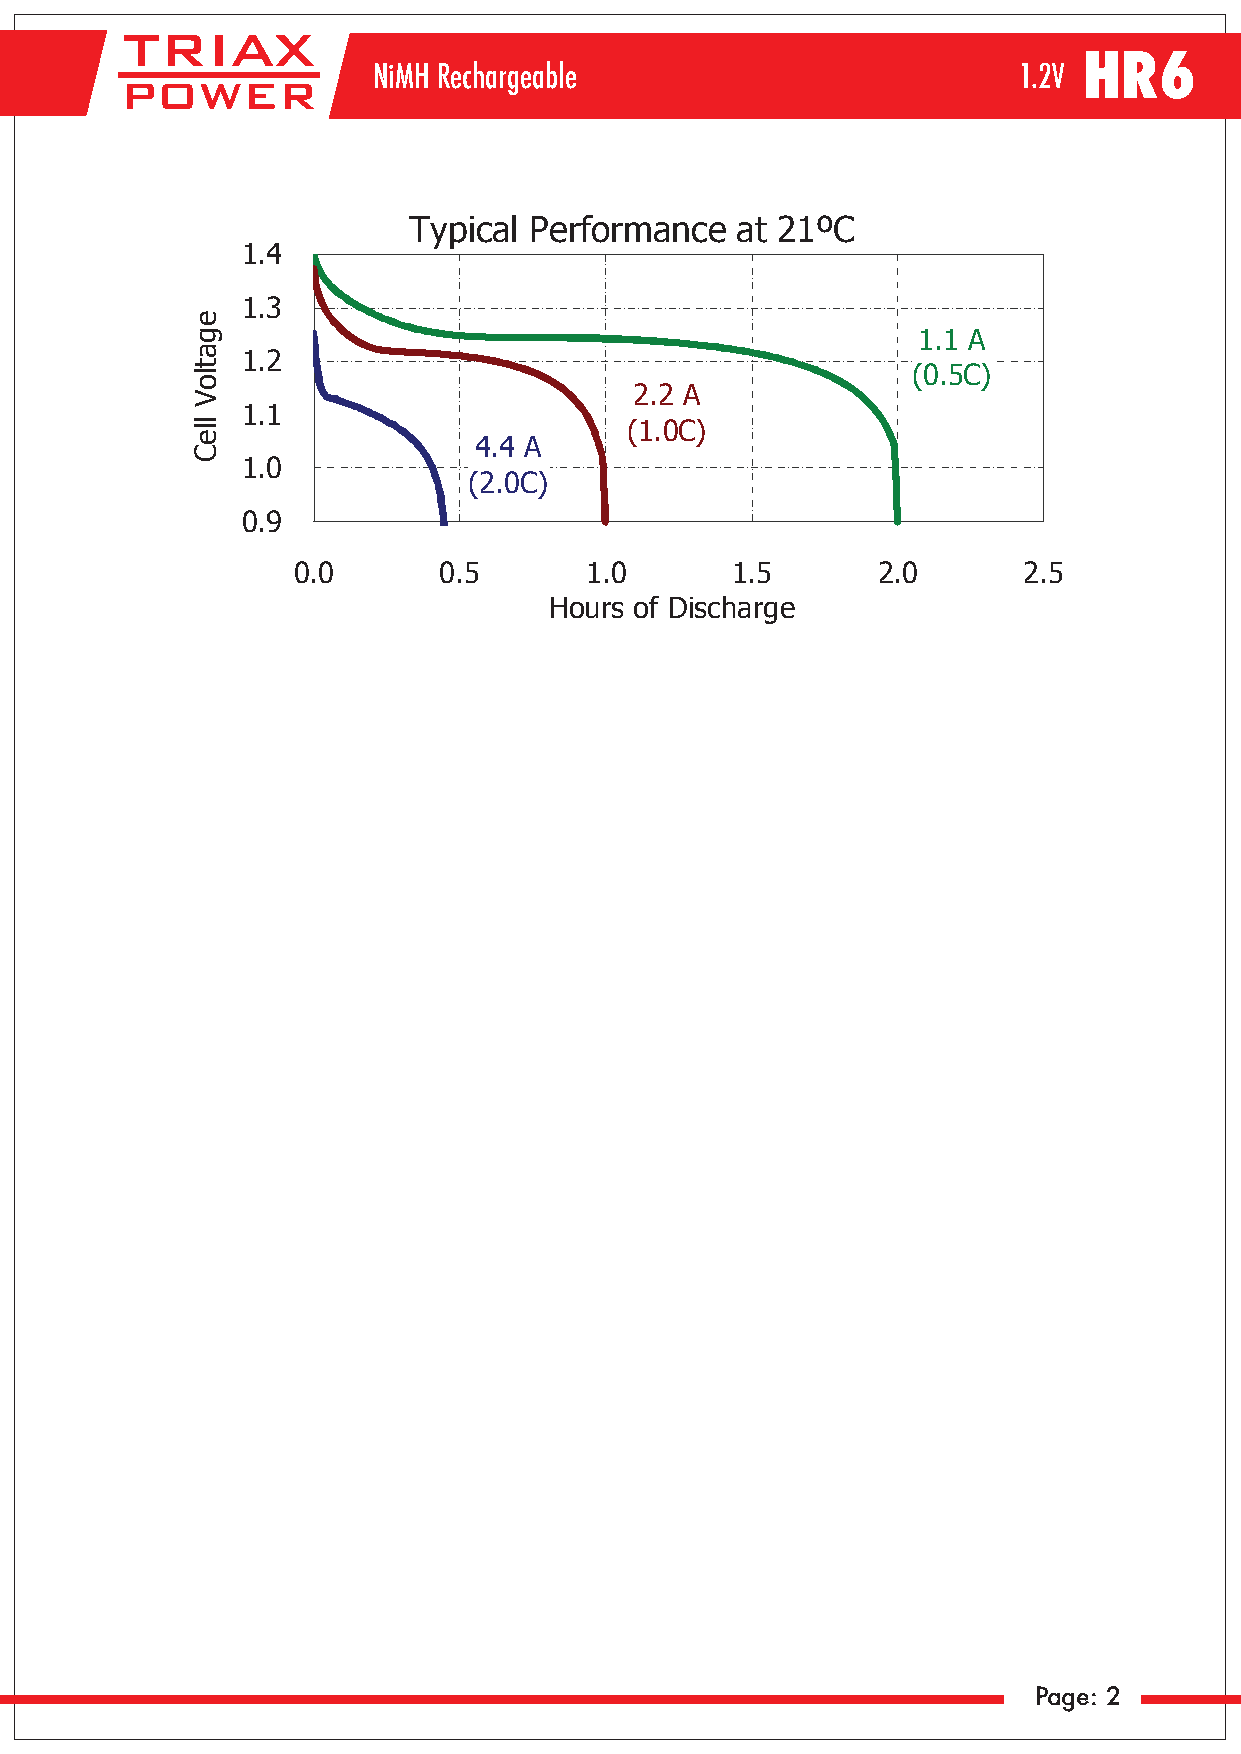
HR6
 NiMH Rechargeable                         1.2V
 Typical Performance   at 21ºC
 1.4
 1.3
 1.1 A
 1.2
 (0.5C)
 2.2 A
 1.1
 (1.0C)
 4.4 A
 1.0
 (2.0C)
 0.9
 0.0       0.5       1.0      1.5       2.0       2.5
 Hours of Discharge
 Page: 2
 egatloV
 lleC